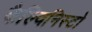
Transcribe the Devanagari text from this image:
कैल्विनिस्टो